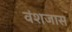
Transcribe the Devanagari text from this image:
वंशजास